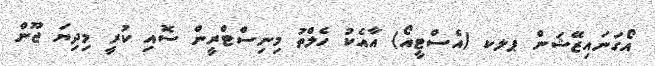
އޯގަނައިޒޭޝަން ޕލކ (އެސްޓީއޯ) އާއެކު ހެލްތު މިނިސްޓްރީން ސޮއި ކުރީ މިދިޔަ ޖޫން